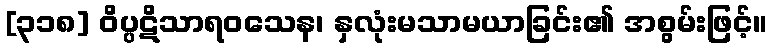
[၃၁၈] ဝိပ္ပဋိသာရဝသေန၊ နှလုံးမသာမယာခြင်း၏ အစွမ်းဖြင့်။